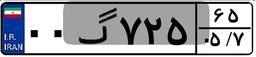
۰۲گ۳۹۰۱۳